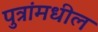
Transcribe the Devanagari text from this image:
पुत्रांमधील